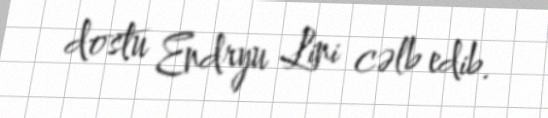
dostu Endryu Lini cəlb edib.